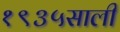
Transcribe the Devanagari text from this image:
१९३५साली